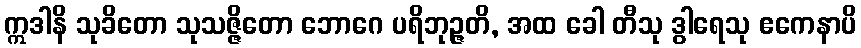
ဣဒါနိ သုခိတော သုသဇ္ဇိတော ဘောဂေ ပရိဘုဉ္ဇတိ, အထ ခေါ တီသု ဒွါရေသု ဧကေနာပိ